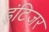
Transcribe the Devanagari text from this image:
इंटिजर